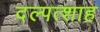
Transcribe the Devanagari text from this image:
दल्पत्शाह